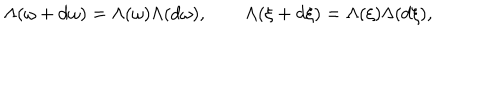
\Lambda ( \omega + d \omega ) = \Lambda ( \omega ) \Lambda ( d \omega ) , \qquad \Lambda ( \xi + d \xi ) = \Lambda ( \xi ) \Lambda ( d \xi ) ,